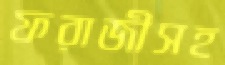
ফরাজীসহ